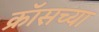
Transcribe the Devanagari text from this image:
क्रॉसच्या